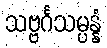
သဗ္ဗင်္ဂသမ္ပန္နံ